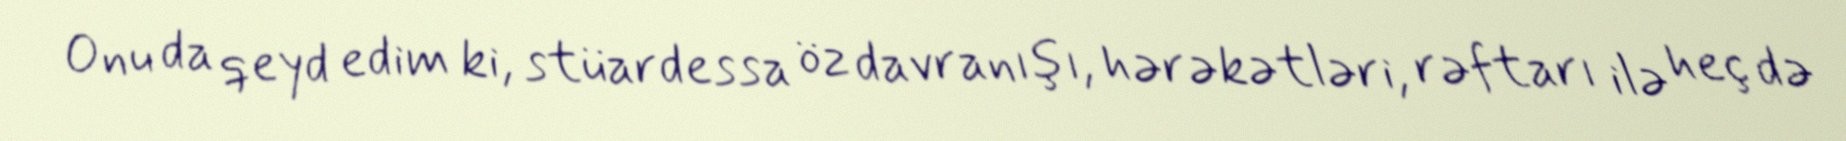
Onu da qeyd edim ki, stüardessa öz davranışı, hərəkətləri, rəftarı ilə heç də